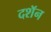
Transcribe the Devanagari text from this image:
दशॅन